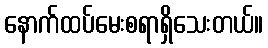
နောက်ထပ်မေးစရာရှိသေးတယ်။